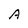
Character: A